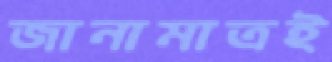
জানামাত্রই